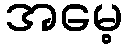
အမေ့